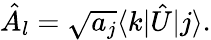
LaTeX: {\hat{A}}_{l}={\sqrt{a_{j}}}\langle k|{\hat{U}}|j\rangle.